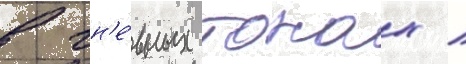
в гн'е́вных тонах /